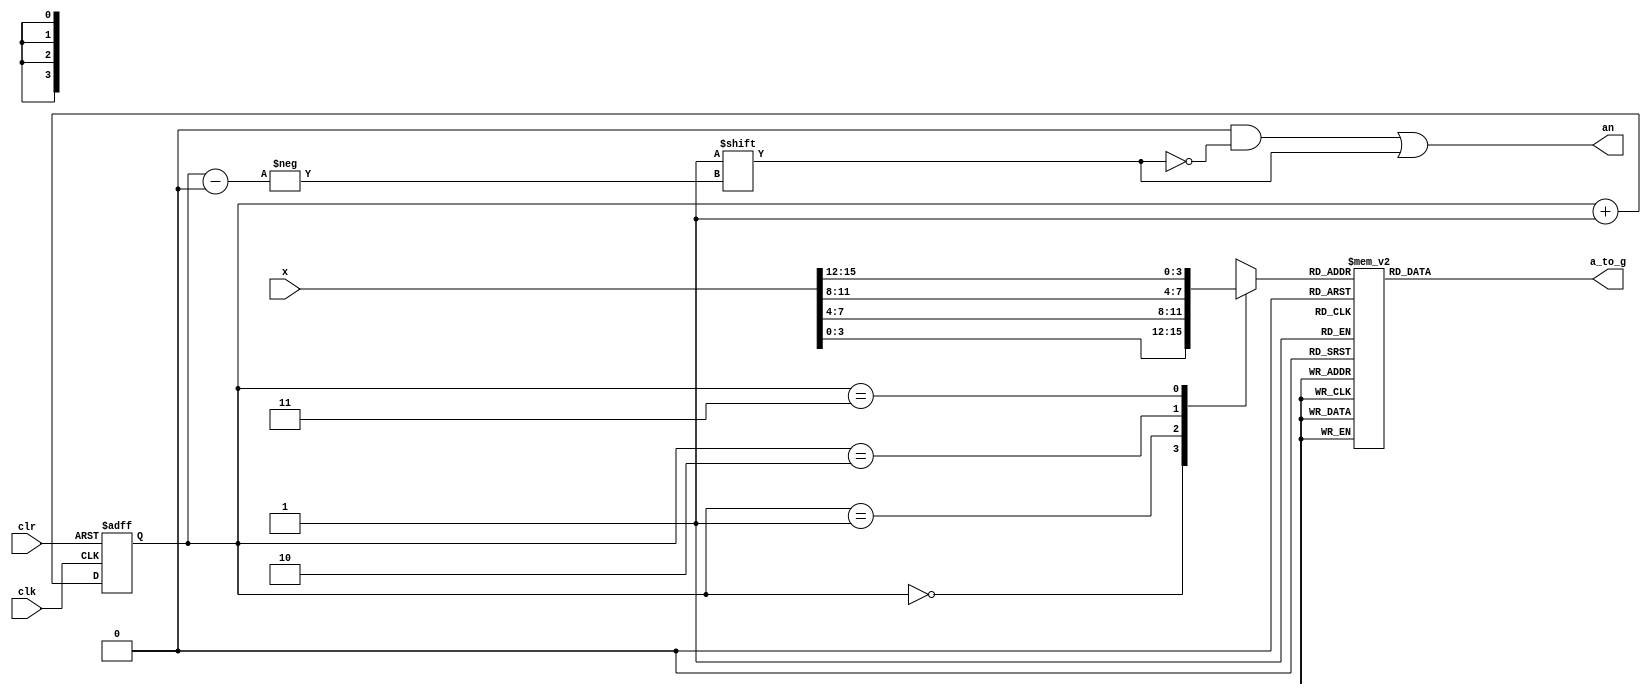
`timescale 1ns / 1ps
//////////////////////////////////////////////////////////////////////////////////
// Company: 
// Engineer: 
// 
// Design Name: 
// Module Name: x7segSim
// Project Name: 
// Target Devices: 
// Tool Versions: 
// Description: 
// 
// Dependencies: 
// 
// Revision:
// Revision 0.01 - File Created
// Additional Comments:
// 
//////////////////////////////////////////////////////////////////////////////////


module x7segSim(
        input wire [15:0] x,
     input wire        clk,
     input wire        clr,
     output reg [3:0]  an,
     output reg [6:0]  a_to_g
     );
wire [1:0]                  s;
reg [3:0]                   digit;

// Origin
// reg [19:0]                  clkdiv;
// assign s = clkdiv[19:18];
// Change for sim
reg [1:0]                  clkdiv;
assign s = clkdiv[1:0];

always @(*)
case (s)
0:digit = x[3:0];
1:digit = x[7:4];
2:digit = x[11:8];
3:digit = x[15:12];
default:digit = x[3:0];    
endcase 

always @ (*) begin
case (digit)
0:a_to_g = 7'b1111110;
1:a_to_g = 7'b0110000;
2:a_to_g = 7'b1101101;
3:a_to_g = 7'b1111001;
4:a_to_g = 7'b0110011;
5:a_to_g = 7'b1011011;
6:a_to_g = 7'b1011111;
7:a_to_g = 7'b1110000;
8:a_to_g = 7'b1111111;
9:a_to_g = 7'b1111011;
'hA:a_to_g = 7'b1110111;
'hB:a_to_g = 7'b0011111;
'hC:a_to_g = 7'b1001110;
'hD:a_to_g = 7'b0111101;
'hE:a_to_g = 7'b1001111;
'hF:a_to_g = 7'b1000111;
default: a_to_g = 7'b1111110;
endcase
end

always @ (*)
begin
an = 4'b0000;
an[s] = 1;
end

always @ (posedge clk or posedge clr) begin
if(clr == 1)
clkdiv <= 0;
else 
clkdiv <= clkdiv + 1;
end
endmodule